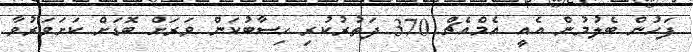
ފަހުން ބެލުމުން އެއީ އެމްއެޗް 370 ދަތުރުކުރި ހިސާބުކަން ވަރަށް ބޮޑަށް ކަށަވަރުވާ